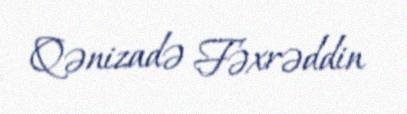
Qənizadə Fəxrəddin